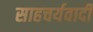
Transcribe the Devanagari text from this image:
साहचर्यवादी